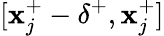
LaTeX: [\mathbf{x}_{j}^{+}-\delta^{+},\mathbf{x}_{j}^{+}]